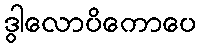
ဒွါလောပိကောပေ